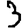
Digit: 3